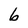
Character: b